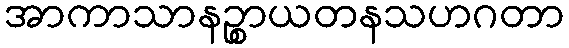
အာကာသာနဉ္စာယတနသဟဂတာ